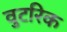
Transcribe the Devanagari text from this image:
वुटरिक